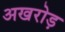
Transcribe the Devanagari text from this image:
अखरोड़